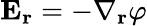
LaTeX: {\mathbf E}_{\mathbf r}=-\nabla_{\mathbf r}\varphi